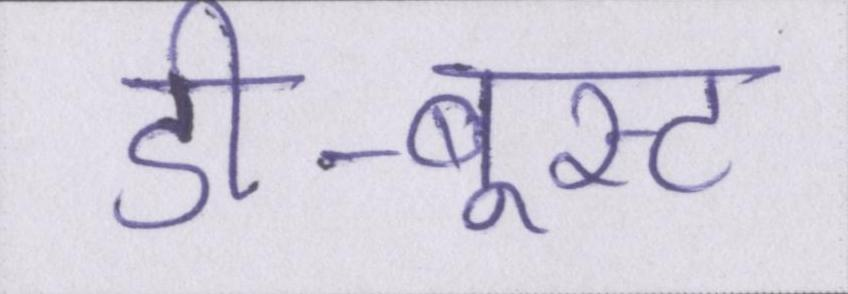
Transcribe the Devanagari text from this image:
डी-बूस्ट